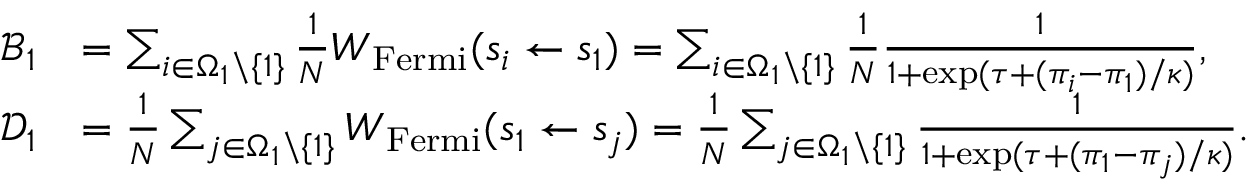
\begin{array} { r l } { \mathcal { B } _ { 1 } } & { = \sum _ { i \in \Omega _ { 1 } \backslash \{ 1 \} } \frac { 1 } { N } W _ { \mathrm { F e r m i } } ( s _ { i } \gets s _ { 1 } ) = \sum _ { i \in \Omega _ { 1 } \backslash \{ 1 \} } \frac { 1 } { N } \frac { 1 } { 1 + \exp ( \tau + ( \pi _ { i } - \pi _ { 1 } ) / \kappa ) } , } \\ { \mathcal { D } _ { 1 } } & { = \frac { 1 } { N } \sum _ { j \in \Omega _ { 1 } \backslash \{ 1 \} } W _ { \mathrm { F e r m i } } ( s _ { 1 } \gets s _ { j } ) = \frac { 1 } { N } \sum _ { j \in \Omega _ { 1 } \backslash \{ 1 \} } \frac { 1 } { 1 + \exp ( \tau + ( \pi _ { 1 } - \pi _ { j } ) / \kappa ) } . } \end{array}